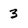
Character: 3